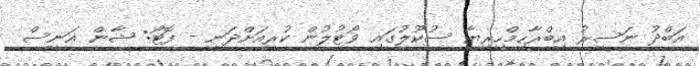
އަބްދު ނަސީރު އިބްރާހިމްހިރިޔާ ސުކޫލުގައި ވޯޓުލުން ކުރިއަށްދަނީ - ފޮޓޯ: ޝާން އަނީސް